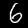
Label: 6